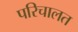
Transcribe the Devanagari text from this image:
परिचालत